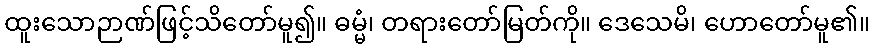
ထူးသောဉာဏ်ဖြင့်သိတော်မူ၍။ ဓမ္မံ၊ တရားတော်မြတ်ကို။ ဒေသေမိ၊ ဟောတော်မူ၏။